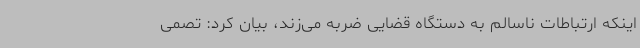
اینکه ارتباطات ناسالم به دستگاه قضایی ضربه می‌زند، بیان کرد: تصمی